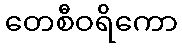
တေစီဝရိကော